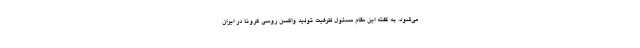
می‌شود. به گفته این مقام مسئول ظرفیت تولید واکسن روسی کرونا در ایران